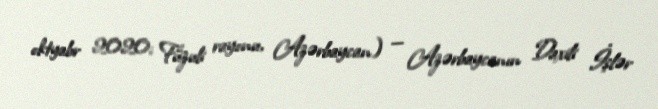
oktyabr 2020; Füzuli rayonu, Azərbaycan) — Azərbaycanın Daxili İşlər